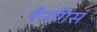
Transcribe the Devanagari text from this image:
पैनगिस